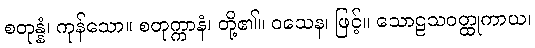
စတုန္နံ၊ ကုန်သော။ စတုက္ကာနံ၊ တို့၏။ ဝသေန၊ ဖြင့်။ သောဠသဝတ္ထုကာယ၊